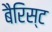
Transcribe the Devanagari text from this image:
बैरिस्ट